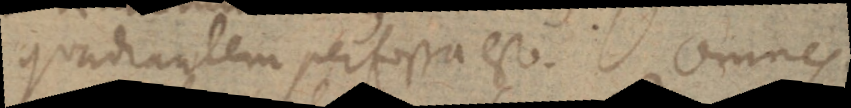
quadrantem perfossa est. Omnes